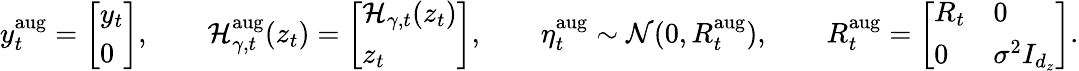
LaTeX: y_{t}^{\mathrm{aug}}=\left[\begin{array}{l}{y_{t}}\\ {0}\end{array}\right],\quad\quad\mathcal{H}_{\gamma,t}^{\mathrm{aug}}(z_{t})=\left[\begin{array}{l}{\mathcal{H}_{\gamma,t}(z_{t})}\\ {z_{t}}\end{array}\right],\quad\quad\eta_{t}^{\mathrm{aug}}\sim\mathcal{N}(0,R_{t}^{\mathrm{aug}}),\quad\quad R_{t}^{\mathrm{aug}}=\left[\begin{array}{ll}{R_{t}}&{0}\\ {0}&{\sigma^{2}I_{d_{z}}}\end{array}\right].